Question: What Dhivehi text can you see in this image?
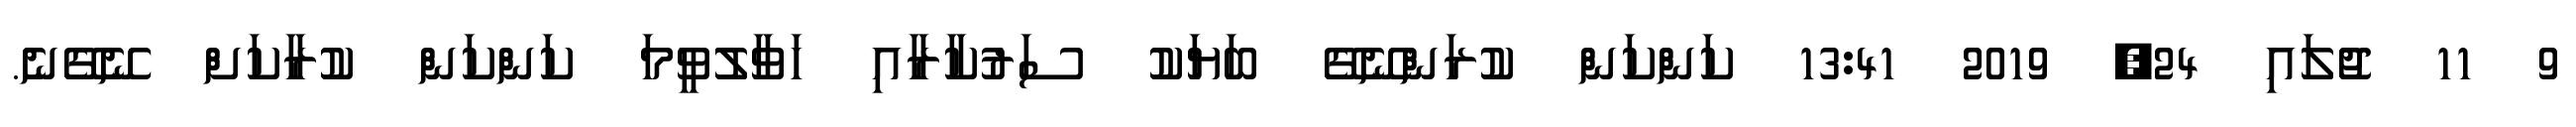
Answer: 9 11 ޖުލައި 24, 2019 13:41 ކަންކަން ކުރަންނޭގޭ ބަޔަކު ސަރުކާރާއި ހަވާލުވީމަ ކަންކަން ކުރާކަށް ނޭގޭނެ.